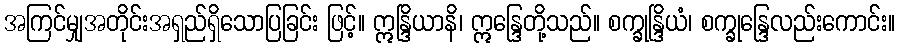
အကြင်မျှအတိုင်းအရှည်ရှိသောပြခြင်း ဖြင့်။ ဣန္ဒြိယာနိ၊ ဣန္ဒြေတို့သည်။ စက္ခုန္ဒြိယံ၊ စက္ခုန္ဒြေလည်းကောင်း။